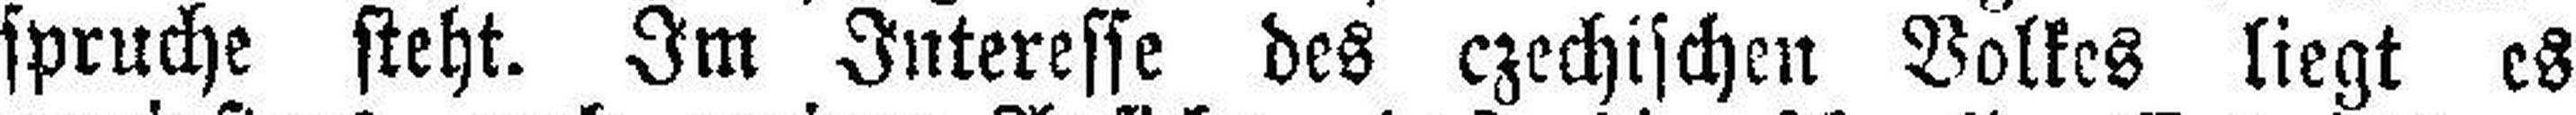
spruche steht. Im Interesse des czechischen Volkes liegt es